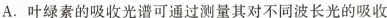
A.叶绿素的吸收光谱可通过测量其对不同波长光的吸收